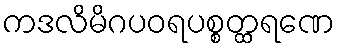
ကဒလိမိဂပဝရပစ္စတ္ထရဏေ